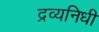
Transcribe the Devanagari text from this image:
द्रव्यनिधी